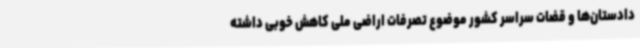
دادستان‌ها و قضات سراسر کشور موضوع تصرفات اراضی ملی کاهش خوبی داشته